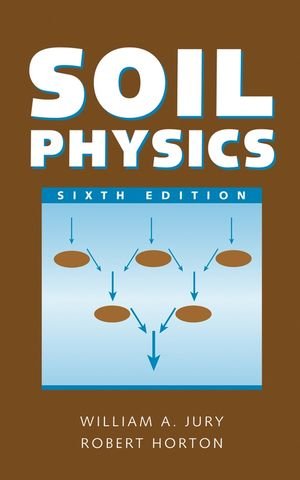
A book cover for Soil Physics; William A. Jury; Science & Math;